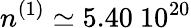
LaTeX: n^{(1)}\simeq 5.40\ 10^{20}